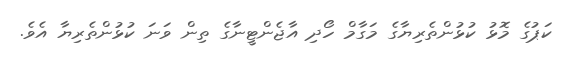
ކަޕުގެ މޮޅު ކުޅުންތެރިޔާގެ މަގާމް ހޯދި އާޖެންޓީނާގެ ތިން ވަނަ ކުޅުންތެރިޔާ އެވެ.